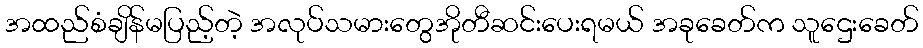
အထည်စံချိန်မပြည့်တဲ့ အလုပ်သမားတွေအိုတီဆင်းပေးရမယ် အခုခေတ်က သူဌေးခေတ်